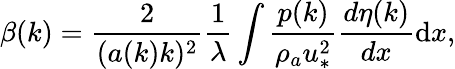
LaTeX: \beta(k)=\frac{2}{(a(k)k)^{2}}\frac{1}{\lambda}\int\frac{p(k)}{\rho_{a}u_{*}^{2}}\frac{d\eta(k)}{dx}\mathrm{d}x,